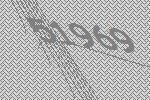
51969